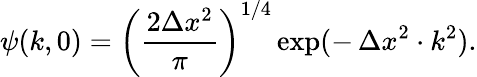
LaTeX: \psi(k,0)=\left(\frac{2\Delta x^{2}}{\pi}\right)^{1/4}\exp(-\, \Delta x^{2}\cdot k^{2}).